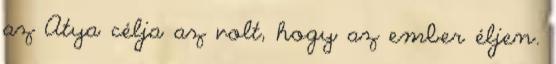
az Atya célja az volt, hogy az ember éljen.